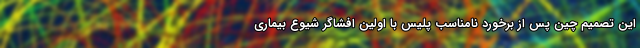
این تصمیم چین پس از برخورد نامناسب پلیس با اولین افشاگر شیوع بیماری